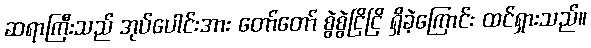
ဆရာကြီးသည် အုပ်ပေါင်းအား တော်တော် စွဲစွဲငြိငြိ ရှိခဲ့ကြောင်း ထင်ရှားသည်။